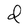
Character: d